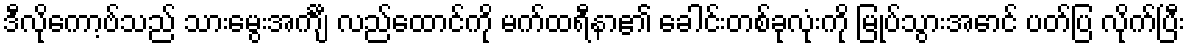
ဒီလိုကော့ဗ်သည် သားမွေးအင်္ကျီ လည်ထောင်ကို မက်ထရီနာ၏ ခေါင်းတစ်ခုလုံးကို မြုပ်သွားအောင် ပတ်ပြ လိုက်ပြီး